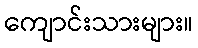
ကျောင်းသားများ။